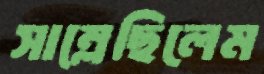
সাম্‌লেছিলেম